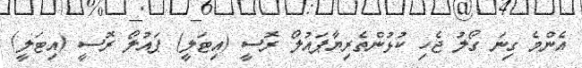
އެންމެ ގިނަ ގޯލު ޖެހި ކުޅުންތެރިޔާޕައުލޯ ރޮސީ (އިޓަލީ) ޕައުލޯ ރޮސީ (އިޓަލީ)